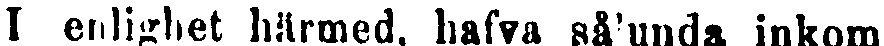
I enlighet härmed, hafva sålunda inkom